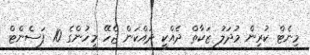
މިނެޓް ކުރިން މުދަލު ޒަކާތް ދެއްކީ ދައްކަން ޖެހޭ މީހުންގެ 10 ޕަސެންޓް